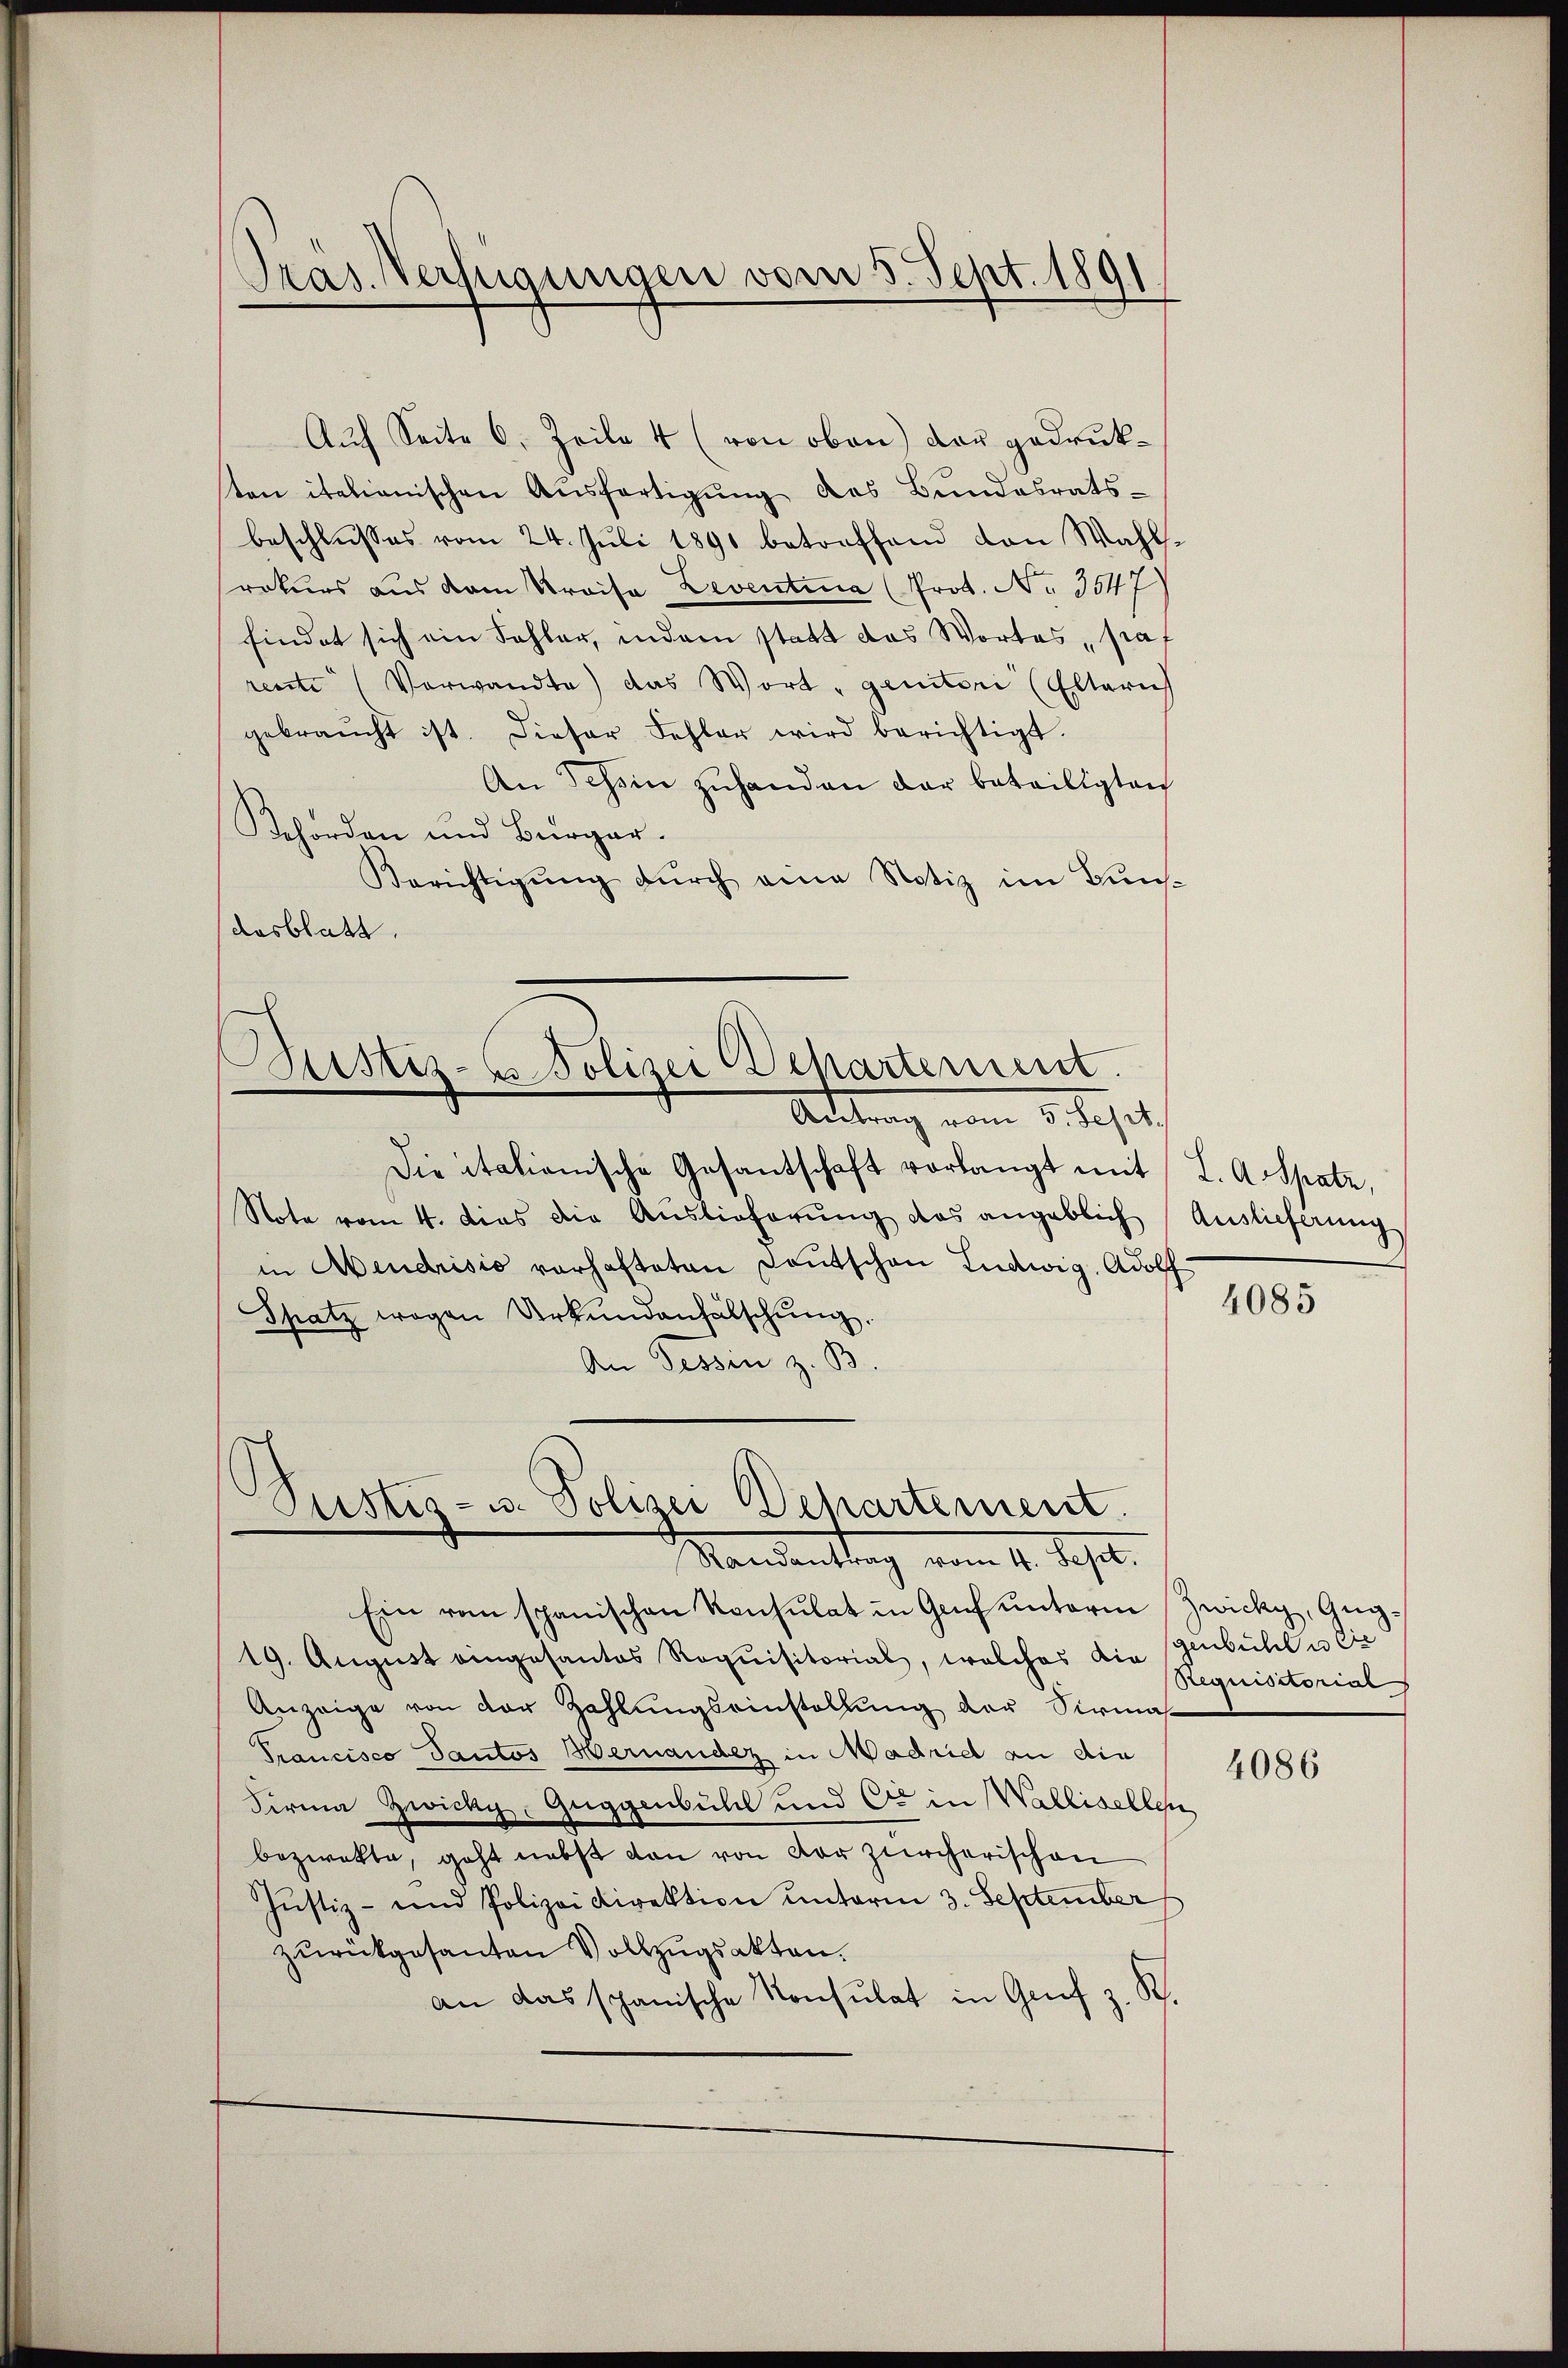
Präs. Verfügungen vom 5. Sept. 1891.

Auf Seite 6. Zeile 4 (von oben) das gedrukten italienischen Ausfertigung des Bundesrats-
beschlusses vom 24. Juli 1890 betreffend den Wahlrokurs aus dem Kreise Leventina (Prot. No 3547)
findet sich ein Sohler, indem statt das Wortes prof
rente (Verwandte) das Wort, genitori (Eltern
gebraucht ist. Dieser Fehler wird berichtigt.
An Tessin zuhanden der beteiligten
Behörden und Bürger¬
Berichtigŭng dŭrch eine Notiz im Bun-
desblatt.
Bustiz- u. Polizei Departement.
Rettung vom 5. Sept.
Die italienische Gesantschaft vorlangt mit L. Artsatz,
Note vom 4. dies die Auslieferŭng das angeblich Auslieferung
in Mendrisis vorhafteten Deutschen Ludwig, Adolf
Spatz wegen Urkundenhälschung.
An Tessin z. B.

Justiz- u. Polizei Behartement.
Mandantung vom 14. Sept.

Ein von schanischen Konsulat in Genf unterm Zwicky, Gug¬
19. August eingesantes Requisitorial, welches die genbühl u. Cie
Anzeige von der Zahlungseinstellung der Sirmas
Trancisco Tautos Bernandenz in Madridel an die
Firma Zwicky, Guggenbühl und C. in Wallisellen
beziekte, geht nebst dan von der zürcherischen
Justiz- und Polizei Direktion unterm 3. September
zurückgesanten Vollzugsakten.
an das spanische Konsulat in Grŭf z. R.

4085

Requisitorial

4086